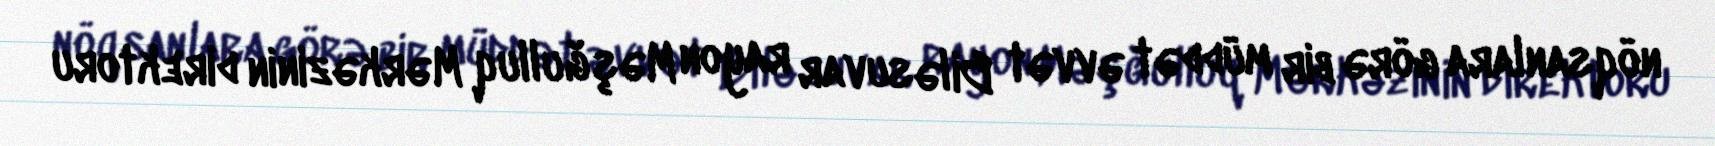
nöqsanlara görə bir müddət əvvət Biləsuvar rayon Məşğulluq Mərkəzinin direktoru